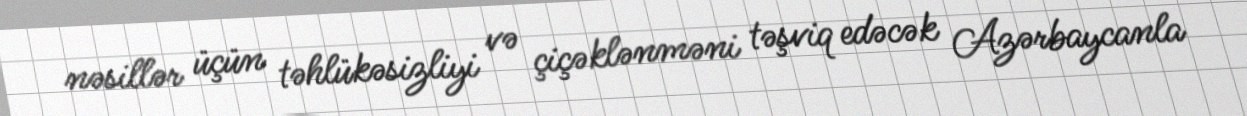
nəsillər üçün təhlükəsizliyi və çiçəklənməni təşviq edəcək Azərbaycanla